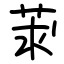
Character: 莍